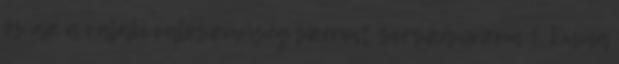
és az a valaki valószínűség szerint sorszámozom 1. Emma